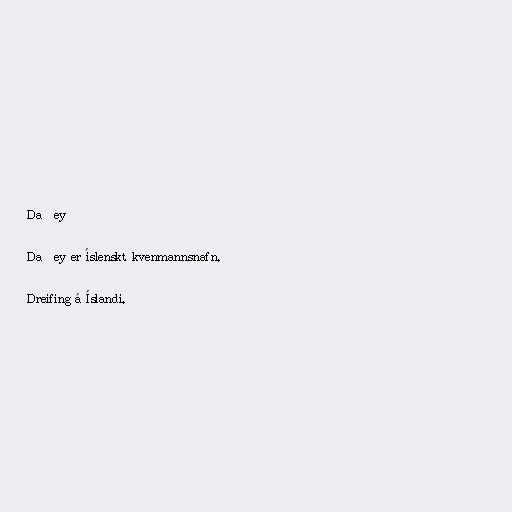
Daðey

Daðey er íslenskt kvenmannsnafn.

Dreifing á Íslandi.